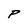
Character: P